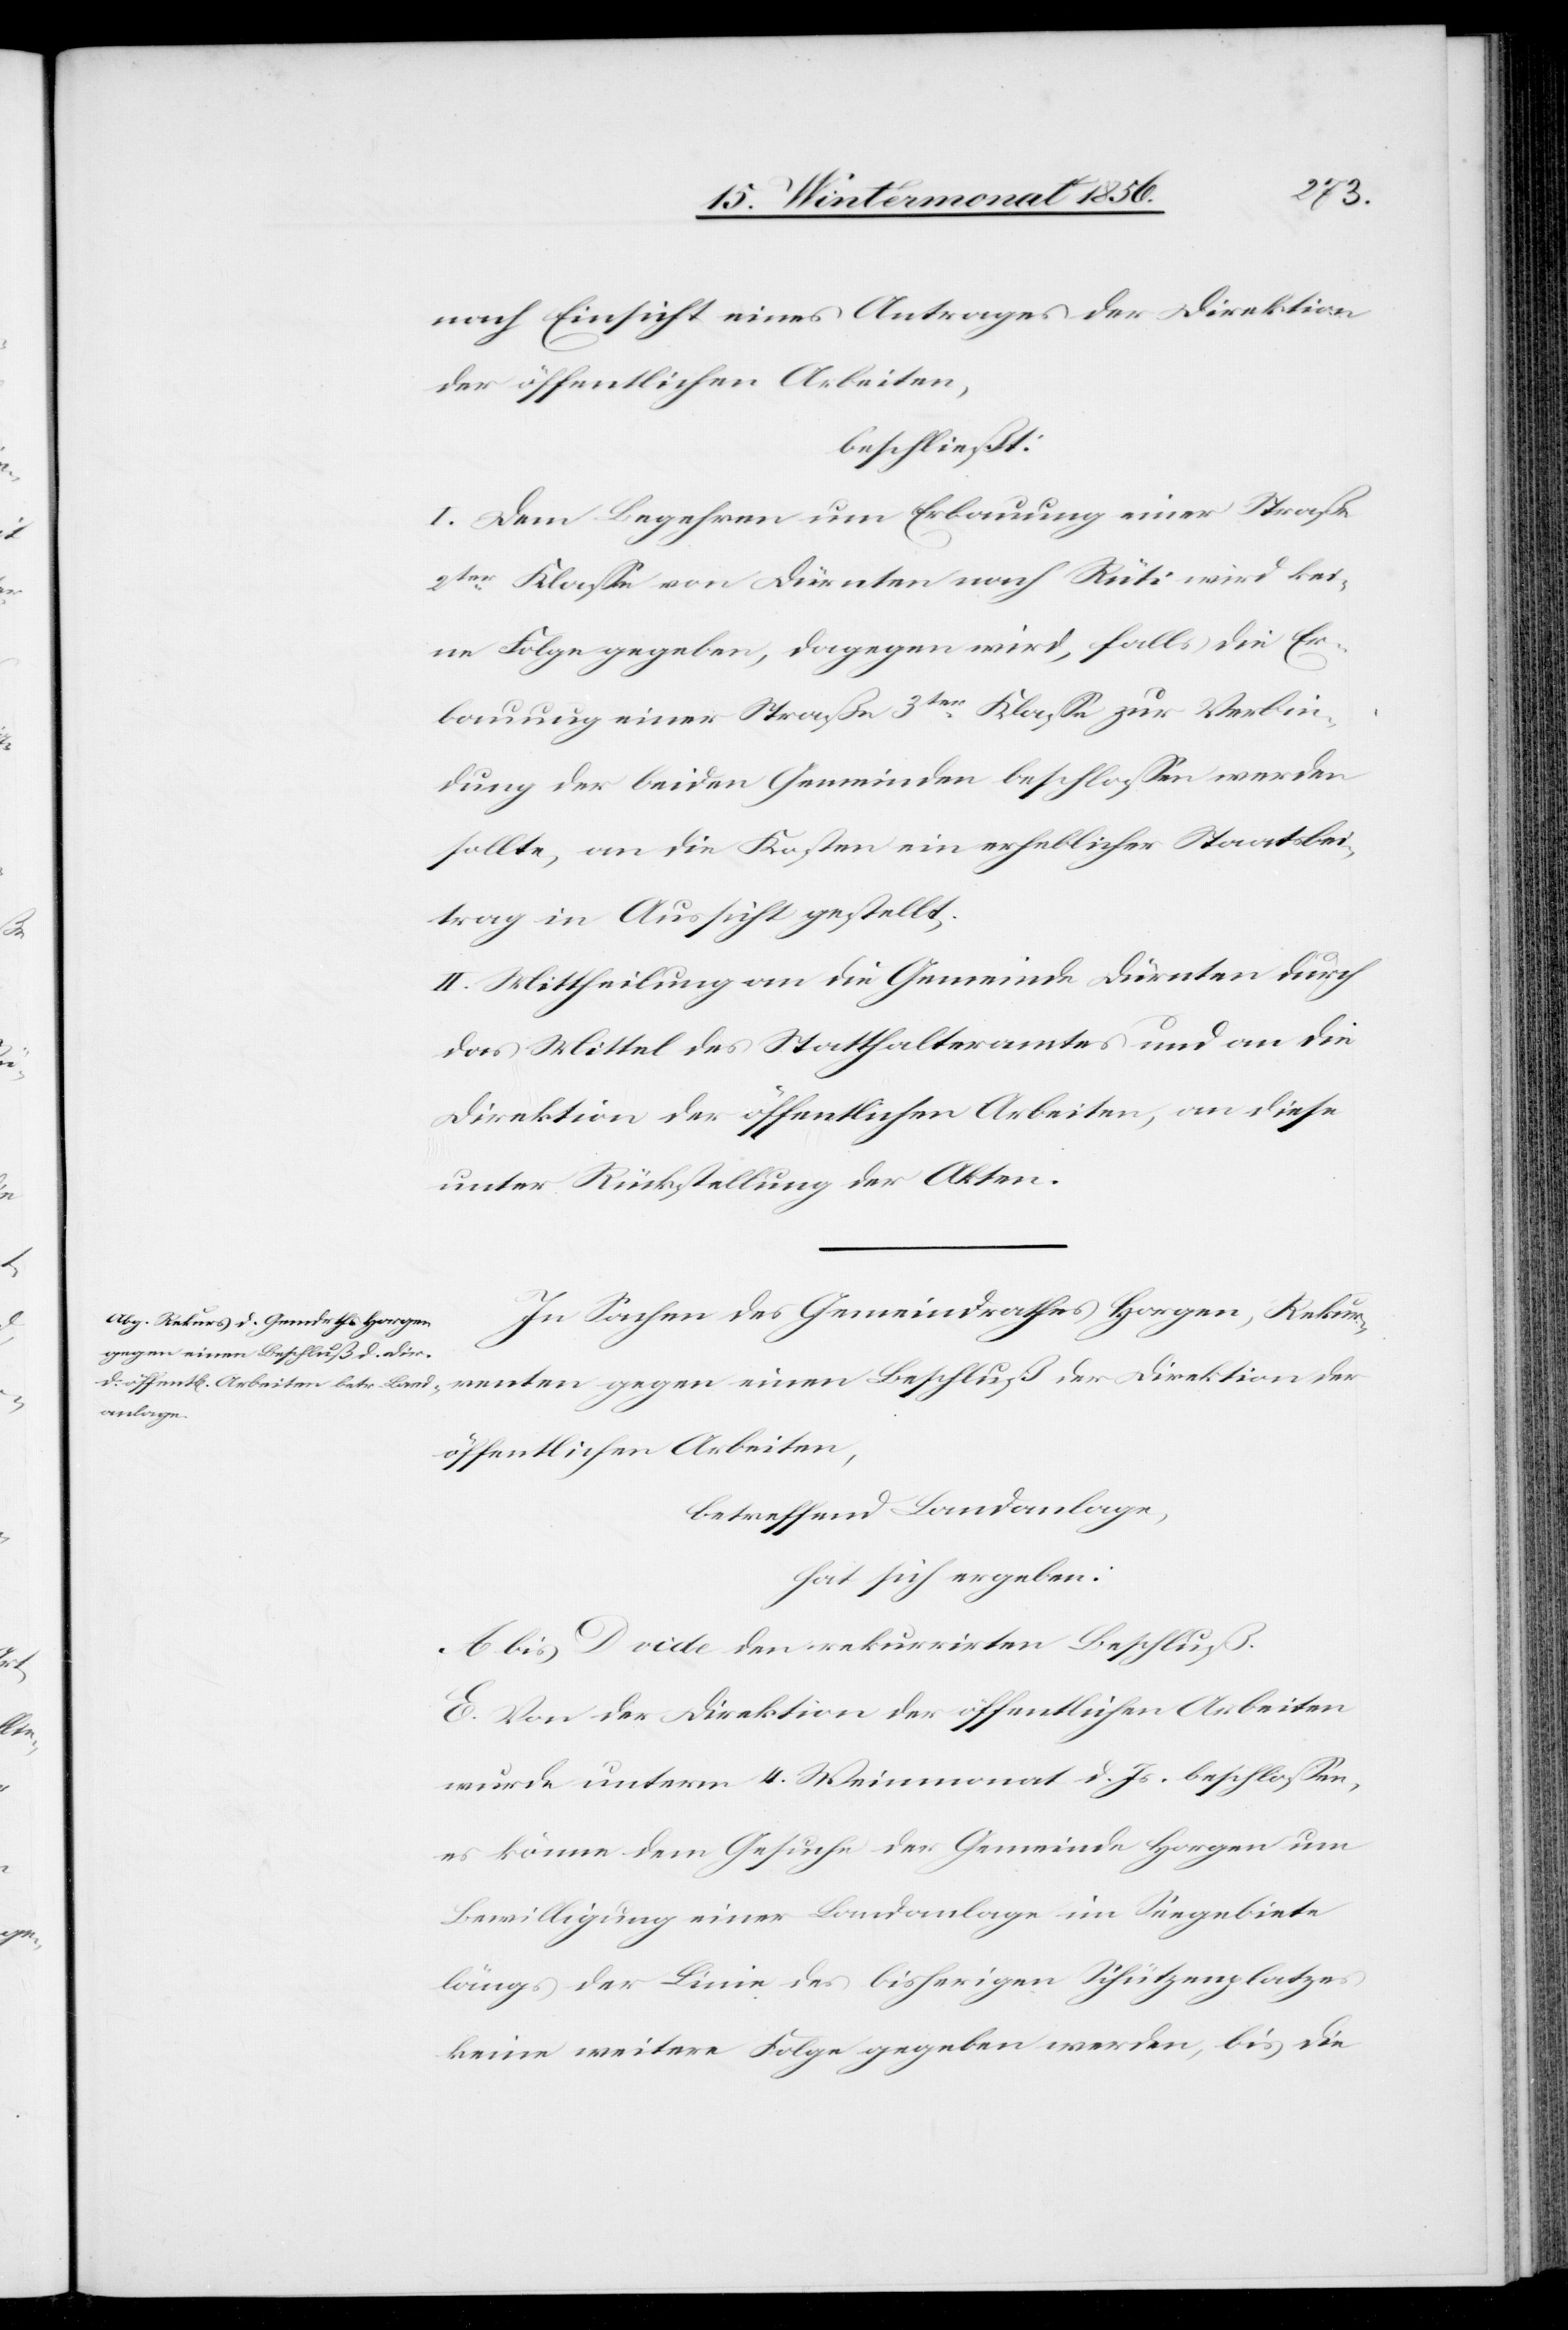
nach Einsicht eines Antrages der Direktion
der öffentlichen Arbeiten,
beschließt:
I. Dem Begehren um Erbauung einer Straße
2ter Klasse von Dürnten nach Rüti wird kei¬
ne Folge gegeben, dagegen wird, falls die Er¬
bauung einer Straße 3ter Klasse zur Verbin¬
dung der beiden Gemeinden beschlossen werden
sollte, an die Kosten ein erheblicher Staatsbei¬
trag in Aussicht gestellt;
II. Mittheilung an die Gemeinde Dürnten durch
das Mittel des Statthalteramtes und an die
Direktion der öffentlichen Arbeiten, an diese
unter Rückstellung der Akten.
In Sachen des Gemeindrathes Horgen, Rekur¬
gegen einen Beschluß der
renten
betreffend Landanlage,
hat sich ergeben:
A. bis D. vide den rekurrirten Beschluß.
E. Von der Direktion der öffentlichen Arbeiten
wurde unterm 4. Weinmonat d. Js. beschlossen,
es könne dem Gesuche der Gemeinde Horgen um
Bewilligung einer Landanlage im Seegebiete
längs der Linie des bisherigen Schützenplatzes
keine weitere Folge gegeben werden, bis die